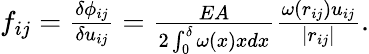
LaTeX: \begin{array}{r}{f_{ij}=\frac{\delta\phi_{ij}}{\delta u_{ij}}=\frac{EA}{2\int_{0}^{\delta}\omega(x)xdx}\frac{\omega(r_{ij})u_{ij}}{|r_{ij}|}.}\end{array}